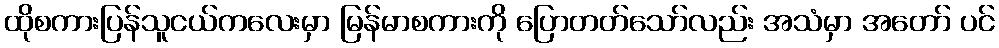
ထိုစကားပြန်သူငယ်ကလေးမှာ မြန်မာစကားကို ပြောတတ်သော်လည်း အသံမှာ အတော် ပင်